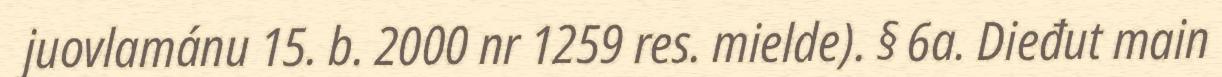
juovlamánu 15. b. 2000 nr 1259 res. mielde). § 6a. Dieđut main